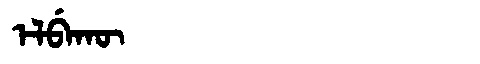
Manchu: ᡝᠯᠪᡝᡴᡡ
Romanization: ELBEKŪ